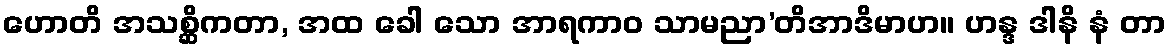
ဟောတိ အသစ္ဆိကတာ, အထ ခေါ သော အာရကာဝ သာမညာ’တိအာဒိမာဟ။ ဟန္ဒ ဒါနိ နံ တာ